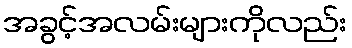
အခွင့်အလမ်းများကိုလည်း